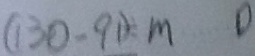
( 1 3 0 - 9 1 ) \div m 0